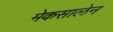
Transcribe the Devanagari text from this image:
मेकसालेन